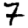
Digit: 7